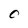
Character: C